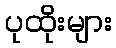
ပုထိုးများ